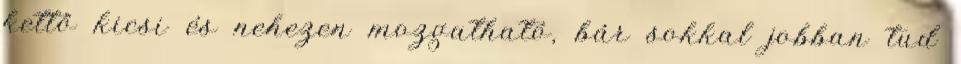
kettő kicsi és nehezen mozgatható, bár sokkal jobban tud